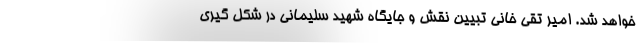
خواهد شد. امیر تقی خانی تبیین نقش و جایگاه شهید سلیمانی در شکل گیری